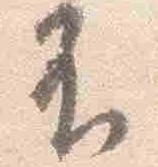
不